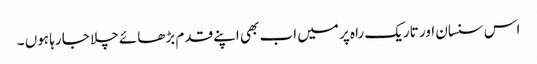
اس سنسان اور تاریک راہ پر میں اب بھی اپنے قدم بڑھائے چلا جا رہا ہوں ۔